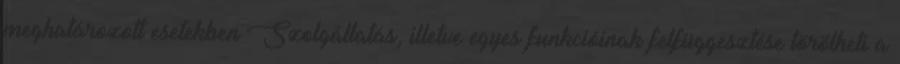
meghatározott esetekben Szolgáltatás, illetve egyes funkcióinak felfüggesztése törölheti a